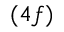
( 4 f )